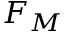
F _ { M }